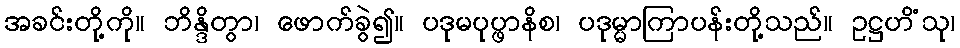
အခင်းတို့ကို။ ဘိန္ဒိတွာ၊ ဖောက်ခွဲ၍။ ပဒုမပုပ္ဖာနိစ၊ ပဒုမ္မာကြာပန်းတို့သည်။ ဥဋ္ဌဟိံသု၊